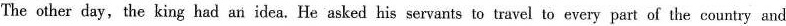
The other day, the king had an idea. He asked his servants to travel to every part of the country and